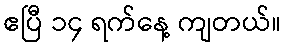
ဧပြီ ၁၄ ရက်နေ့ ကျတယ်။